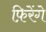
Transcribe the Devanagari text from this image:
फ़िरेंगे